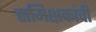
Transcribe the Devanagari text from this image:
समिक्षकांची